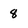
Character: 8